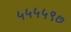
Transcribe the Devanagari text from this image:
५५५५९७